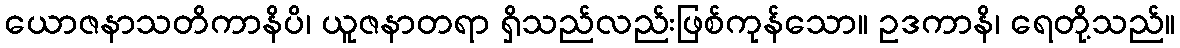
ယောဇနာသတိကာနိပိ၊ ယူဇနာတရာ ရှိသည်လည်းဖြစ်ကုန်သော။ ဥဒကာနိ၊ ရေတို့သည်။